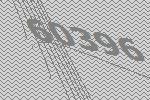
60396